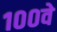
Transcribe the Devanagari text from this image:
१००वे